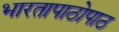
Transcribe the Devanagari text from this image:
भारतापाठोपाठ